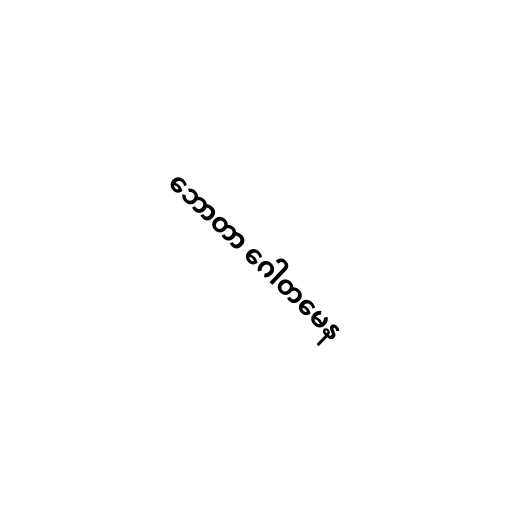
ဘောတာ ဂေါတမေန